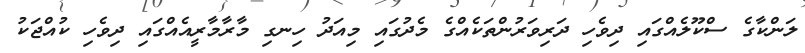
ލަންކާގެ ސްކޫލެއްގައި ދިވެހި ދަރިވަރުންތަކެއްގެ މެދުގައި މިއަދު ހިނގި މާރާމާރީއެއްގައި ދިވެހި ކުއްޖަކު